Report of the veterinary officer investigating camel disease
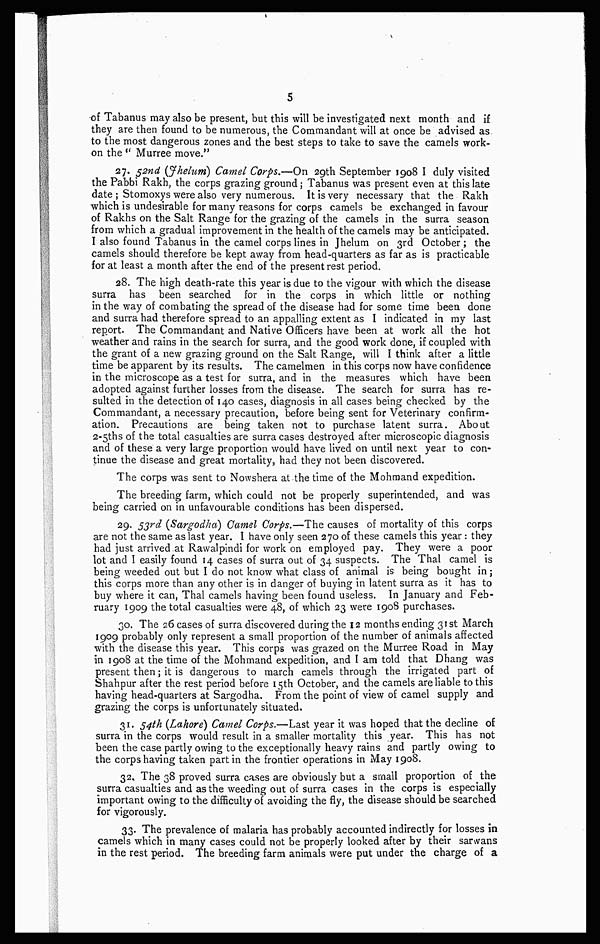
5
of Tabanus may also be present, but this will be investigated next month and if
they are then found to be numerous, the Commandant will at once be advised as
to the most dangerous zones and the best steps to take to save the camels work-
on the " Murree move."
27. 52nd (Jhelum) Camel Corps.—On 29th September 1908 I duly visited
the Pabbi Rakh, the corps grazing ground ; Tabanus was present even at this late
date ; Stomoxys were also very numerous. It is very necessary that the Rakh
which is undesirable for many reasons for corps camels be exchanged in favour
of Rakhs on the Salt Range for the grazing of the camels in the surra season
from which a gradual improvement in the health of the camels may be anticipated.
I also found Tabanus in the camel corps lines in Jhelum on 3rd October; the
camels should therefore be kept away from head-quarters as far as is practicable
for at least a month after the end of the present rest period.
28. The high death-rate this year is due to the vigour with which the disease
surra has been searched for in the corps in which little or nothing
in the way of combating the spread of the disease had for some time been done
and surra had therefore spread to an appalling extent as I indicated in my last
report. The Commandant and Native Officers have been at work all the hot
weather and rains in the search for surra, and the good work done, if coupled with
the grant of a new grazing ground on the Salt Range, will I think after a little
time be apparent by its results. The camelmen in this corps now have confidence
in the microscope as a test for surra, and in the measures which have been
adopted against further losses from the disease. The search for surra has re-
sulted in the detection of 140 cases, diagnosis in all cases being checked by the
Commandant, a necessary precaution, before being sent for Veterinary confirm-
ation. Precautions are being taken not to purchase latent surra. About
2-5ths of the total casualties are surra cases destroyed after microscopic diagnosis
and of these a very large proportion would have lived on until next year to con-
tinue the disease and great mortality, had they not been discovered.
The corps was sent to Nowshera at the time of the Mohmand expedition.
The breeding farm, which could not be properly superintended, and was
being carried on in unfavourable conditions has been dispersed.
29. 53rd (Sargodha) Camel Corps.—The causes of mortality of this corps
are not the same as last year. I have only seen 270 of these camels this year : they
had just arrived at Rawalpindi for work on employed pay. They were a poor
lot and I easily found 14 cases of surra out of 34 suspects. The Thal camel is
being weeded out but I do not know what class of animal is being bought in;
this corps more than any other is in danger of buying in latent surra as it has to
buy where it can, Thal camels having been found useless. In January and Feb-
ruary 1909 the total casualties were 48, of which 23 were 1908 purchases.
30. The 26 cases of surra discovered during the 12 months ending 31st March
1909 probably only represent a small proportion of the number of animals affected
with the disease this year. This corps was grazed on the Murree Road in May
in 1908 at the time of the Mohmand expedition, and I am told that Dhang was
present then; it is dangerous to march camels through the irrigated part of
Shahpur after the rest period before 15th October, and the camels are liable to this
having head-quarters at Sargodha. From the point of view of camel supply and
grazing the corps is unfortunately situated.
31. 54th (Lahore) Camel Corps.—Last year it was hoped that the decline of
surra in the corps would result in a smaller mortality this year. This has not
been the case partly owing to the exceptionally heavy rains and partly owing to
the corps having taken part in the frontier operations in May 1908.
32. The 38 proved surra cases are obviously but a small proportion of the
surra casualties and as the weeding out of surra cases in the corps is especially
important owing to the difficulty of avoiding the fly, the disease should be searched
for vigorously.
33. The prevalence of malaria has probably accounted indirectly for losses in
camels which in many cases could not be properly looked after by their sanvans
in the rest period. The breeding farm animals were put under the charge of a